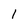
Character: 1